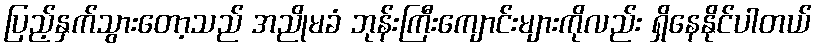
ပြည့်နှက်သွားတော့သည် အညိုမခံ ဘုန်းကြီးကျောင်းများကိုလည်း ရှိနေနိုင်ပါတယ်